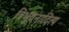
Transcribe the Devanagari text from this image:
त्रिभुवनादित्य